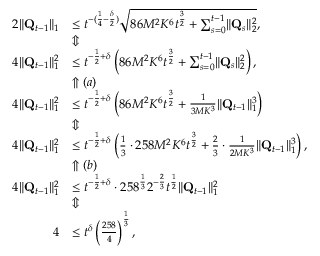
\begin{array} { r l } { 2 \lVert \mathbf Q _ { t - 1 } \rVert _ { 1 } } & { \le t ^ { - ( \frac 1 4 - \frac \delta 2 ) } \sqrt { 8 6 M ^ { 2 } K ^ { 6 } t ^ { \frac 3 2 } + \sum _ { s = 0 } ^ { t - 1 } \lVert \mathbf Q _ { s } \rVert _ { 2 } ^ { 2 } } , } \\ & { \Updownarrow } \\ { 4 \lVert \mathbf Q _ { t - 1 } \rVert _ { 1 } ^ { 2 } } & { \le t ^ { - \frac 1 2 + \delta } \left( 8 6 M ^ { 2 } K ^ { 6 } t ^ { \frac 3 2 } + \sum _ { s = 0 } ^ { t - 1 } \lVert \mathbf Q _ { s } \rVert _ { 2 } ^ { 2 } \right) , } \\ & { \Uparrow ( a ) } \\ { 4 \lVert \mathbf Q _ { t - 1 } \rVert _ { 1 } ^ { 2 } } & { \le t ^ { - \frac 1 2 + \delta } \left( 8 6 M ^ { 2 } K ^ { 6 } t ^ { \frac 3 2 } + \frac 1 { 3 M K ^ { 3 } } \lVert \mathbf Q _ { t - 1 } \rVert _ { 1 } ^ { 3 } \right) } \\ & { \Updownarrow } \\ { 4 \lVert \mathbf Q _ { t - 1 } \rVert _ { 1 } ^ { 2 } } & { \le t ^ { - \frac 1 2 + \delta } \left( \frac 1 3 \cdot 2 5 8 M ^ { 2 } K ^ { 6 } t ^ { \frac 3 2 } + \frac 2 3 \cdot \frac 1 { 2 M K ^ { 3 } } \lVert \mathbf Q _ { t - 1 } \rVert _ { 1 } ^ { 3 } \right) , } \\ & { \Uparrow ( b ) } \\ { 4 \lVert \mathbf Q _ { t - 1 } \rVert _ { 1 } ^ { 2 } } & { \le t ^ { - \frac 1 2 + \delta } \cdot 2 5 8 ^ { \frac 1 3 } 2 ^ { - \frac 2 3 } t ^ { \frac 1 2 } \lVert \mathbf Q _ { t - 1 } \rVert _ { 1 } ^ { 2 } } \\ & { \Updownarrow } \\ { 4 } & { \le t ^ { \delta } \left( \frac { 2 5 8 } 4 \right) ^ { \frac 1 3 } , } \end{array}